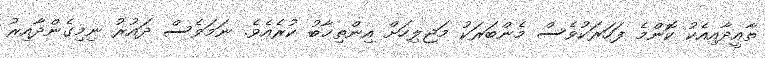
ތާއީދާއިއެކު ކޮންމެ ފަހަރަކުވެސް މެންބަރަކު މަޖިލިހަށް އިންތިޚާބު ކުރެއެވެ. ނަމަވެސް ދައުރު ނިމިގެންދާއިރު